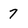
Character: 7